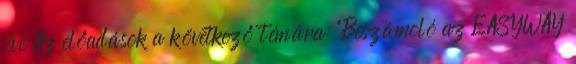
éve Az előadások a következő témára: "Beszámoló az EASYWAY